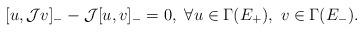
LaTeX: \begin{align*}[ u, \mathcal J v]_{-} -\mathcal J [u, v]_{-} =0,\ \forall u\in \Gamma( E_+),\ v\in\Gamma ( E_-).\end{align*}